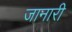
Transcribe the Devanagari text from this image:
जानारी